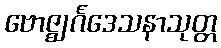
ဗောဇ္ဈင်္ဂဒေသနာသုတ္တ